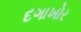
દગાખોર